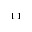
_ { 1 1 }